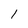
Character: 1